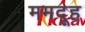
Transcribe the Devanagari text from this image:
ममदूह